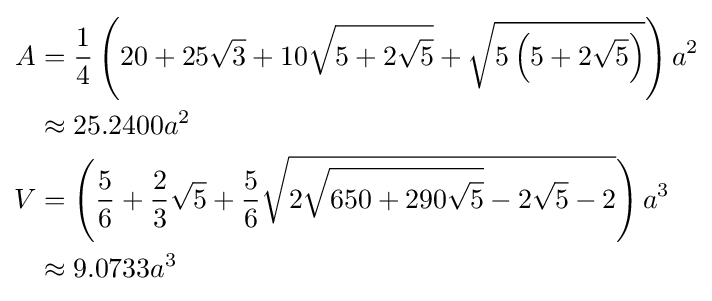
{\begin{aligned}A&={\frac {1}{4}}\left(20+25{\sqrt {3}}+10{\sqrt {5+2{\sqrt {5}}}}+{\sqrt {5\left(5+2{\sqrt {5}}\right)}}\right)a^{2}\\&\approx 25.2400a^{2}\\V&=\left({\frac {5}{6}}+{\frac {2}{3}}{\sqrt {5}}+{\frac {5}{6}}{\sqrt {2{\sqrt {650+290{\sqrt {5}}}}-2{\sqrt {5}}-2}}\right)a^{3}\\&\approx 9.0733a^{3}\end{aligned}}